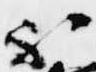
不